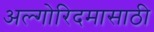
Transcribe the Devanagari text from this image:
अल्गोरिदमासाठी